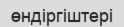
өндіргіштері